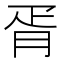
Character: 胥